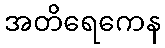
အတိရေကေန